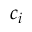
c _ { i }